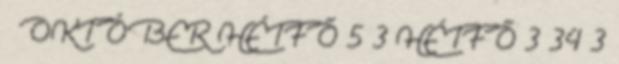
OKTÓBER HÉTFŐ 5 3 HÉTFŐ 3 34 3